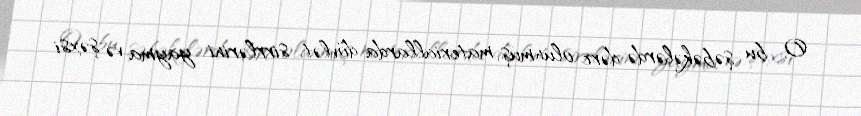
O, bu şəbəkələrdə dərc olunmuş materiallarda dövlət sirrlərini yayma və şəxsi